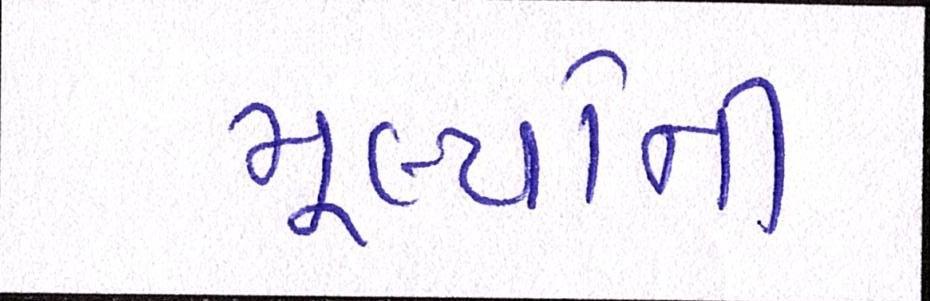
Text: મૂલ્યોની